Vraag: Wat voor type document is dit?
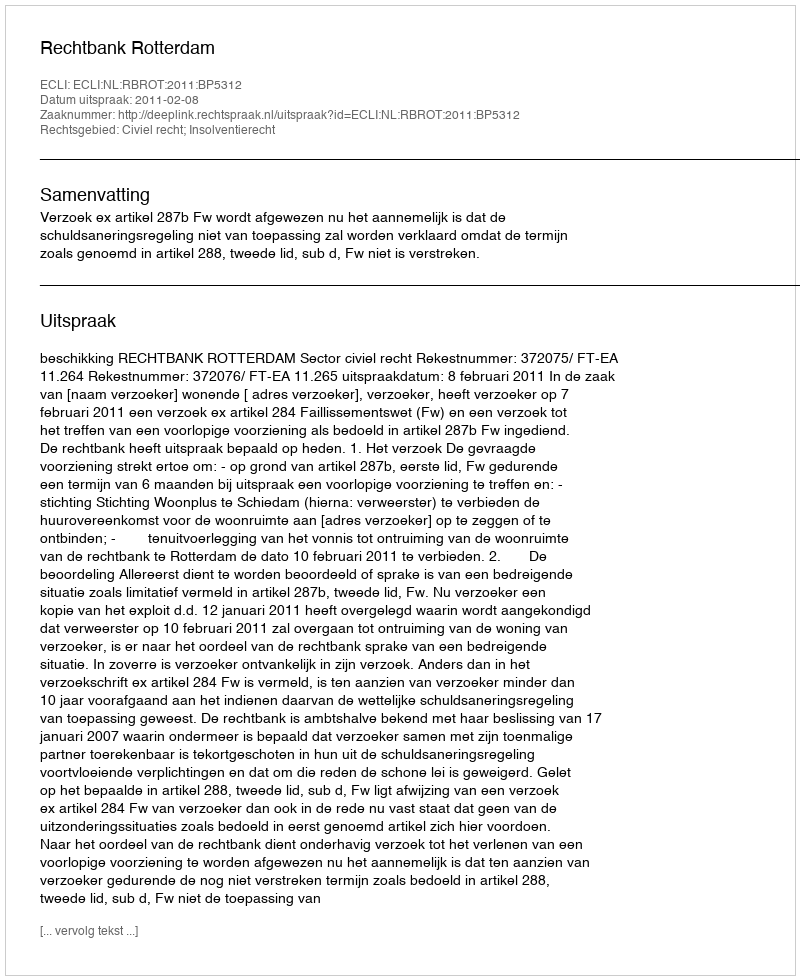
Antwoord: Uitspraak